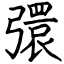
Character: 彋